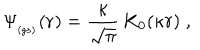
LaTeX: \Psi _ { _ \mathrm { ( g s ) } } ( { \bf r } ) = \frac { \kappa } { \sqrt { \pi } } \, K _ { 0 } ( \kappa r ) \; ,